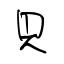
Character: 貝